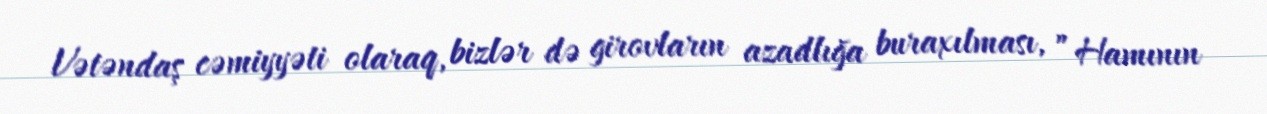
Vətəndaş cəmiyyəti olaraq, bizlər də girovların azadlığa buraxılması, ”Hamının